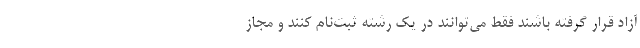
آزاد قرار گرفته باشند فقط می‌توانند در یک رشته ثبت‌نام کنند و مجاز